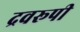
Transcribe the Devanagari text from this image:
द्रवरूपी